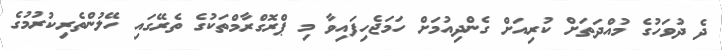
ދެ ދުވަހުގެ މުއްދަތަށް ކުރިއަށް ގެންދިއުމަށް ހަމަޖެހިފައިވާ މި ޕްރޮގްރާމްތަކުގެ ތެރޭގައި ހޭލުންތެރިކުރުމުގެ